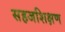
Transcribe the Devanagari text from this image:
सहजशिक्षण